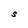
Character: S